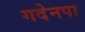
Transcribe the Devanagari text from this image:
गदेनपा